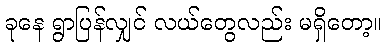
ခုနေ ရွာပြန်လျှင် လယ်တွေလည်း မရှိတော့။